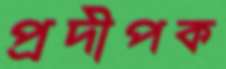
প্রদীপক